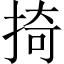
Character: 掎